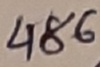
Text: 486